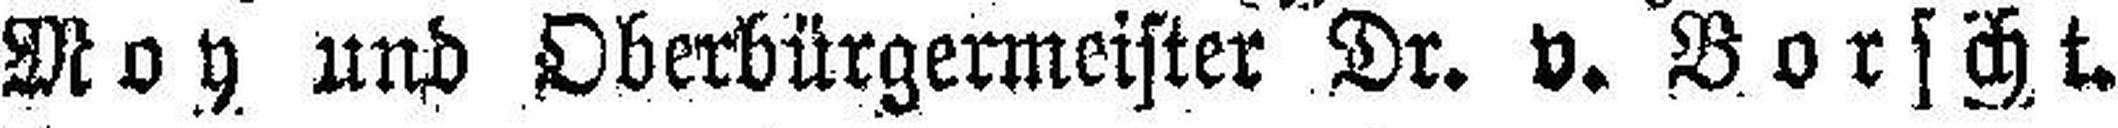
Moy und Oberbürgermeister Dr. v. Borscht.